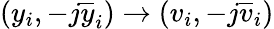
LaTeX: (y_{i},-j\overline{{y}}_{i})\rightarrow(v_{i},-j\overline{{v}}_{i})